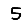
Digit: 5